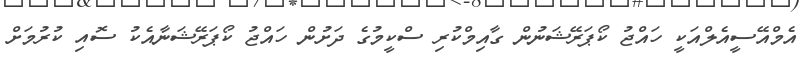
އެމްއޭސީއެލްއަކީ ހައްޖު ކޯޕަރޭޝަނުން ގާއިމްކުރި ސްކީމުގެ ދަށުން ހައްޖު ކޯޕަރޭޝަނާއެކު ސޮއި ކުރުމަށް